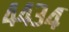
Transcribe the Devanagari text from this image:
४४३४